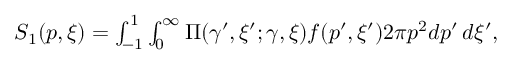
\begin{array} { r } { S _ { 1 } ( p , \xi ) = \int _ { - 1 } ^ { 1 } \int _ { 0 } ^ { \infty } \Pi ( \gamma ^ { \prime } , \xi ^ { \prime } ; \gamma , \xi ) f ( p ^ { \prime } , \xi ^ { \prime } ) 2 \pi p ^ { 2 } d p ^ { \prime } \, d \xi ^ { \prime } , } \end{array}